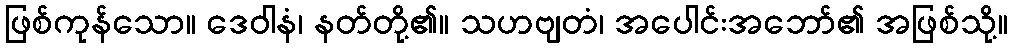
ဖြစ်ကုန်သော။ ဒေဝါနံ၊ နတ်တို့၏။ သဟဗျတံ၊ အပေါင်းအဘော်၏ အဖြစ်သို့။